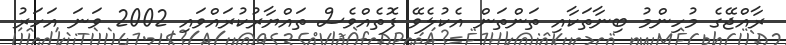
ރާއްޖޭގެ މުހިންމު ބިނާތަކާއި ތަންތަން އެކުލެވޭ ފޮތެއްވެސް ތައްޔާރުކުރައްވައި 2002 ވަނަ އަހަރު